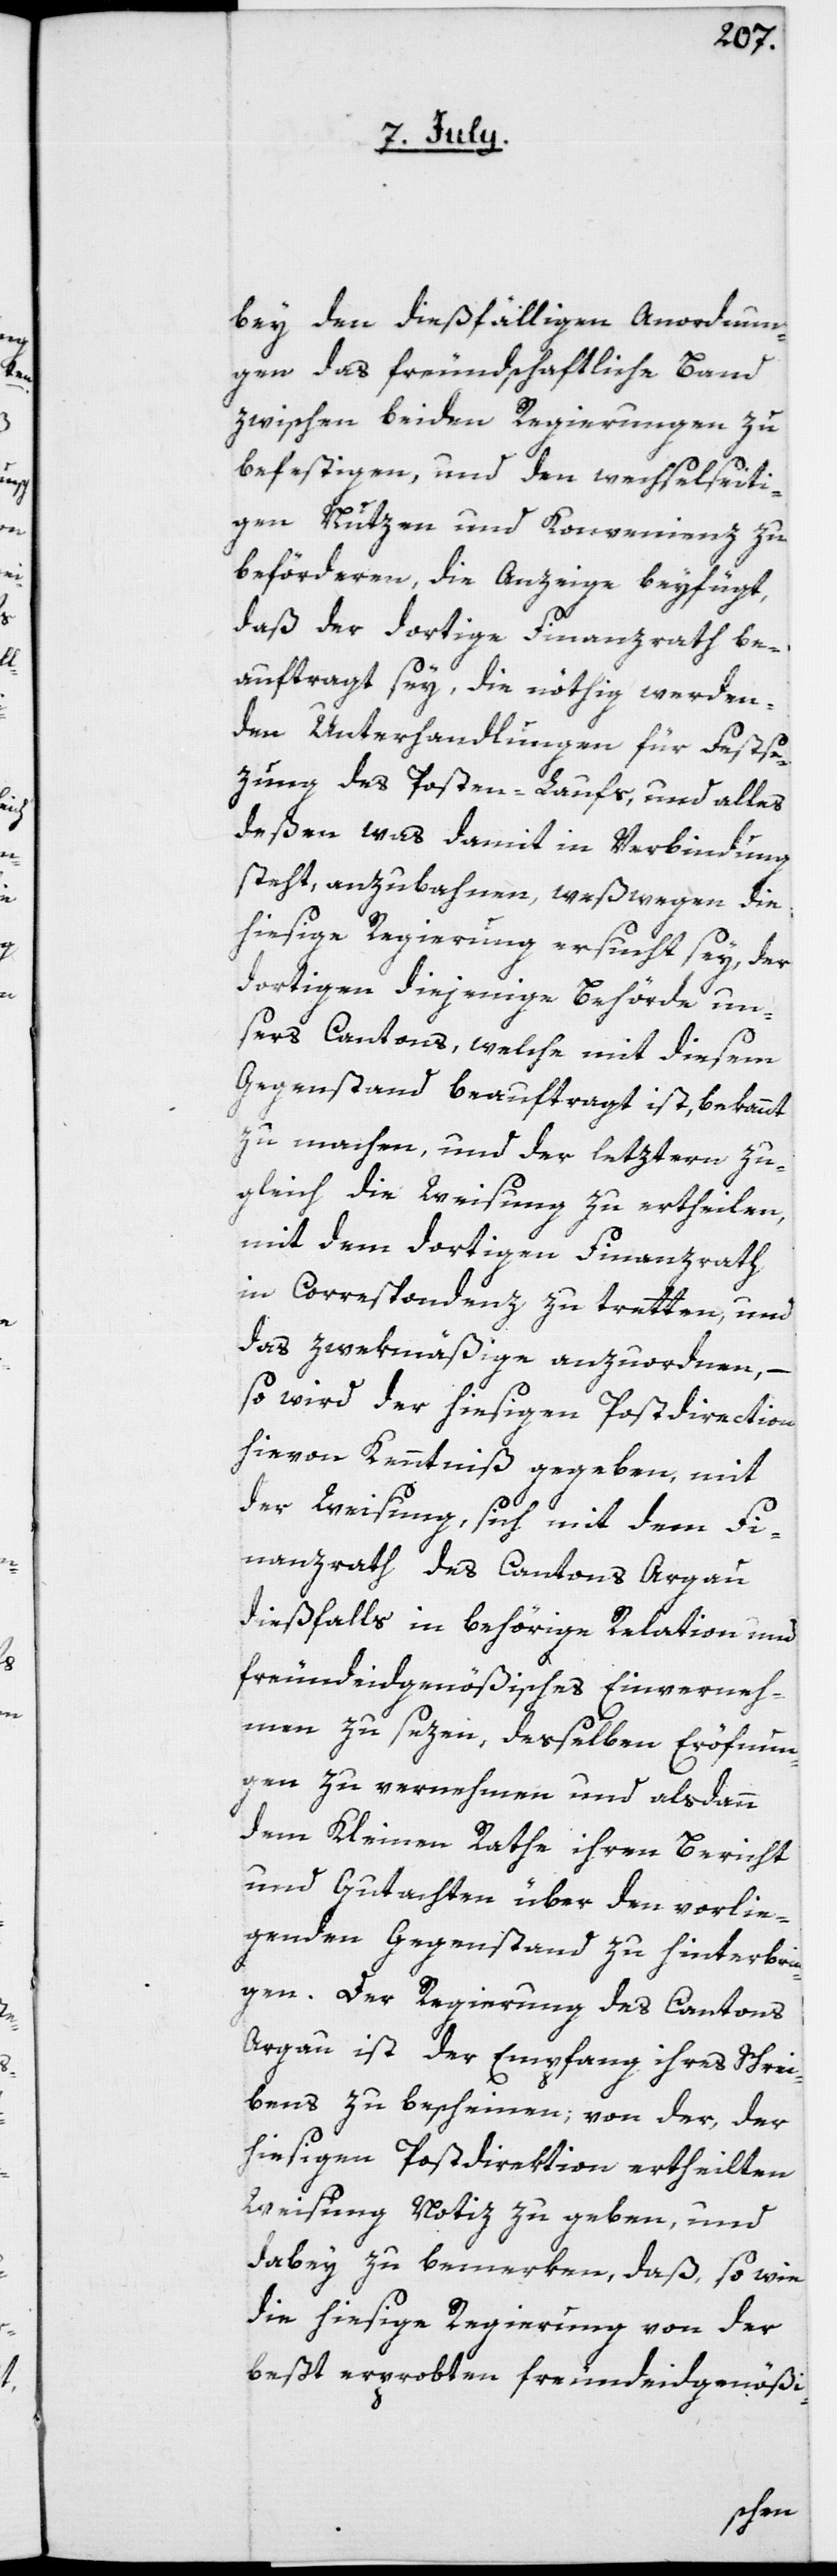
bey den dießfälligen Anordnun¬
gen das freundschaftliche Band
zwischen beiden Regierungen zu
befestigen, und den wechselseiti¬
gen Nutzen und Konvenienz zu
beförderen, die Anzeige beyfügt,
daß der dortige Finanzrath be¬
auftragt sey, die nöthig werden¬
den Unterhandlungen für Festse¬
zung des Posten-Laufs, und alles
deßen, was damit in Verbindung
steht, anzubahnen, weßwegen die
hiesige Regierung ersucht sey, der
dortigen diejenige Behörde un¬
sers Cantons, welche mit diesem
Gegenstand beauftragt ist, bekannt
zu machen, und der letztern zu¬
gleich die Weisung zu ertheilen,
mit dem dortigen Finanzrath
in Correspondenz zu tretten, und
das Zwekmäßige anzuordnen, –
so wird der hiesigen Postdirection
hievon Kenntniß gegeben mit
der Weisung, sich mit dem Fi¬
nanzrath des Cantons Argau
dießfalls in behörige Relation und
freundeidgenößisches Einverneh¬
men zu sezen, desselben Eröfnun¬
gen zu vernehmen und alsdann
dem Kleinen Rathe ihren Bericht
und Gutachten über den vorlie¬
genden Gegenstand zu hinterbrin¬
gen. Der Regierung des Cantons
Argau ist der Empfang ihres Schrei¬
bens zu bescheinen, von der, der
hiesigen Postdirektion ertheilten
Weisung Notiz zu geben, und
dabey zu bemerken, daß, so wie
die hiesige Regierung von der
beßt erprobten freundeidgenößi-